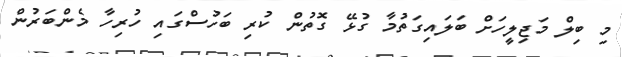
މި ބިލް މަޖިލީހަށް ބަލައިގަތުމާ ގުޅޭ ގޮތުން ކުރި ބަހުސްގައި ހުރިހާ މެންބަރުން